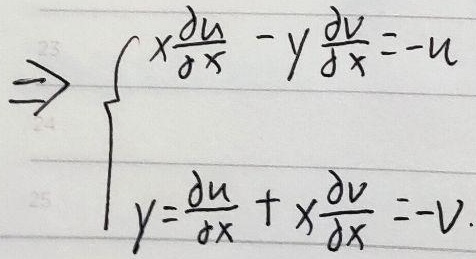
\[\Rightarrow\begin{cases}x\frac{\partial u}{\partial x}-y\frac{\partial v}{\partial x}=-u\\y\frac{\partial u}{\partial x}+x\frac{\partial v}{\partial x}=-v\end{cases}\]